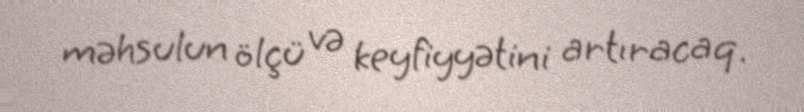
məhsulun ölçü və keyfiyyətini artıracaq.